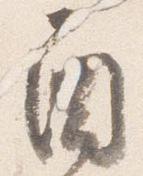
酉